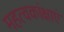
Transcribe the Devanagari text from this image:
महत्वकांक्षाएं